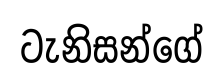
ටැනිසන්ගේ